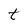
Character: t